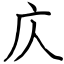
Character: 庂